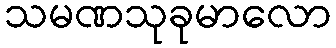
သမဏသုခုမာလော